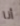
أنا